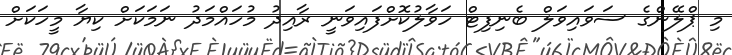
މި ޕްލޭންގެ ސަވައިވަލް ބެނިފިޓް ހަވާލުކޮށްފައިވަނީ ރާއިދު މުހައްމަދު ނަމަކަށް ކިޔާ މީހަކަށް